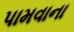
પામવાના